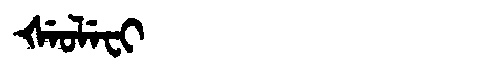
Manchu: ᡧᡝᠣᠯᡝᠸᡳ
Romanization: ŠEOLEFI